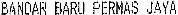
BANOAR BARU PERMAS JAYA